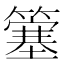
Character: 簺